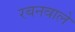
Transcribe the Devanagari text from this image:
रबनवाले